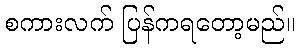
စကားလက် ပြန်ကရတော့မည်။